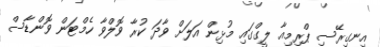
އިނގިރޭސި ޕްރިމިއާ ލީގްގައި މުޅިން އަލަށް ވާދަ ކުރާ ވޮލްވާ ހެމްޓަން ވޮންޑާސް